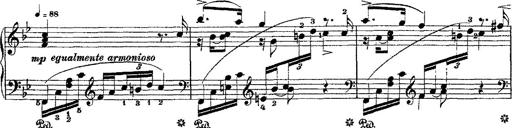
Title: Fantaisie romantique sur deux mÃ©lodies suisses
Composer: Franz Liszt